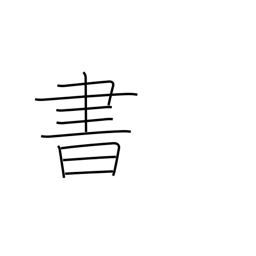
Meaning: write